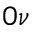
0 \nu